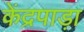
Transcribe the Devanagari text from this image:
केंद्रपाड़ा